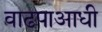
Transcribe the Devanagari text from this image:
वाढपाआधी